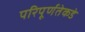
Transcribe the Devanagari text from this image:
परिपूर्णतेकडे